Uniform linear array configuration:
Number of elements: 16
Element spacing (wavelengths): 1
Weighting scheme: exponential
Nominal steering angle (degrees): -45
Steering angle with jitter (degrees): -45.882
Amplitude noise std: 0.05
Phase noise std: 0.05

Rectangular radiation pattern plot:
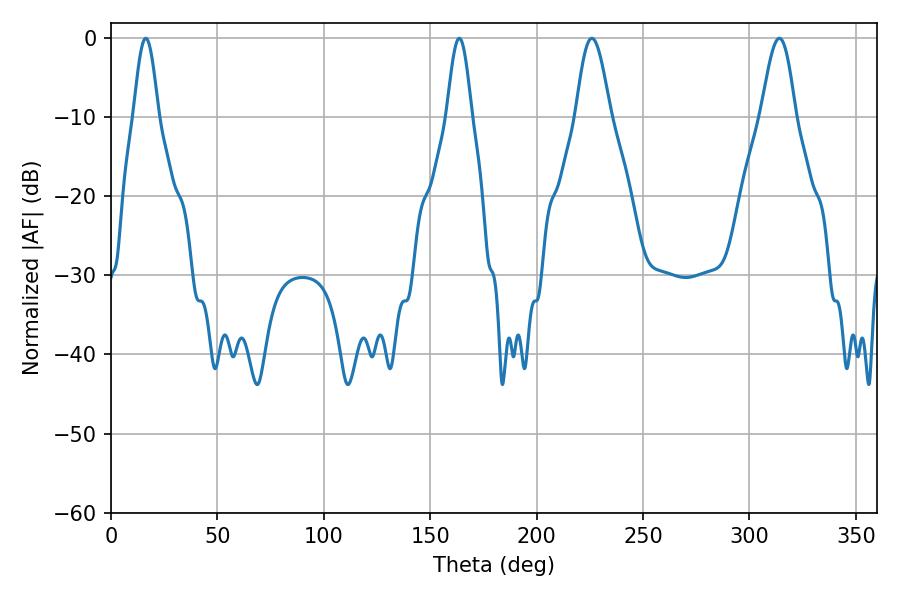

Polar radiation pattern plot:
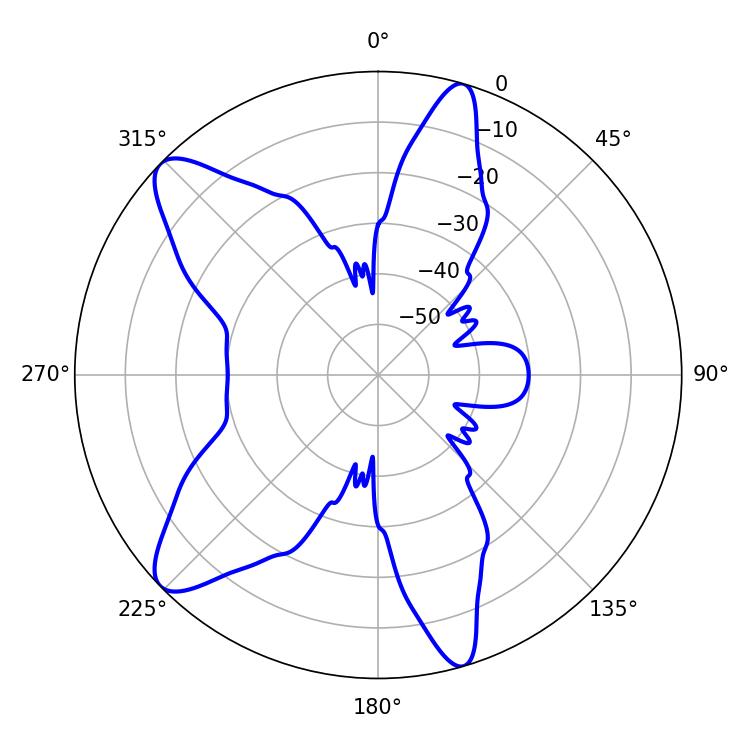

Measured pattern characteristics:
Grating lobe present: TRUE
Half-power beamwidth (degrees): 8.64
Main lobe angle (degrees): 225.9